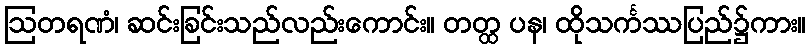
ဩတရဏံ၊ ဆင်းခြင်းသည်လည်းကောင်း။ တတ္ထ ပန၊ ထိုသင်္ကဿပြည်၌ကား။